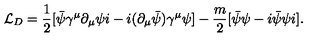
{ \cal L } _ { D } = \frac { 1 } { 2 } [ \bar { \psi } \gamma ^ { \mu } \partial _ { \mu } \psi i - i ( \partial _ { \mu } \bar { \psi } ) \gamma ^ { \mu } \psi ] - \frac { m } { 2 } [ \bar { \psi } \psi - i \bar { \psi } \psi i ] .